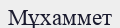
Мұхаммет